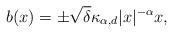
LaTeX: \begin{align*}b(x)=\pm \sqrt{\delta} \kappa_{\alpha,d}|x|^{-\alpha}x,\end{align*}